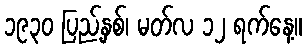
၁၉၃၀ ပြည့်နှစ်၊ မတ်လ ၁၂ ရက်နေ့။